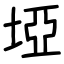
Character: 埡